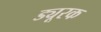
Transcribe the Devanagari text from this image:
ड्यूरक